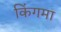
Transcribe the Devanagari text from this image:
किंगमा